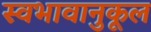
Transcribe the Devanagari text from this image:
स्वभावानुकूल